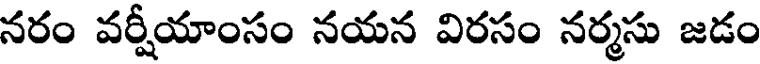
నరం వర్షీయాంసం నయన విరసం నర్మసు జడం